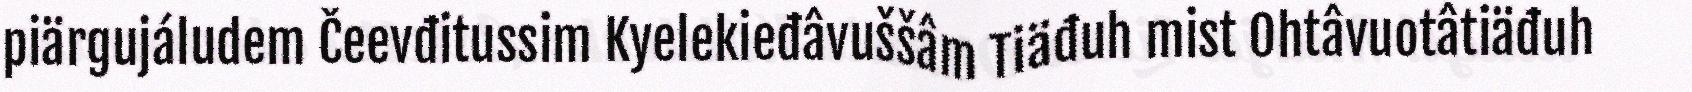
piärgujáludem Čeevđitussim Kyelekieđâvuššâm Tiäđuh mist Ohtâvuotâtiäđuh